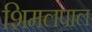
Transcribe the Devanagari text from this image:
शिमलपाल